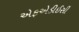
એફએડીઈસી